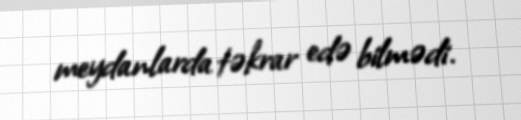
meydanlarda təkrar edə bilmədi.